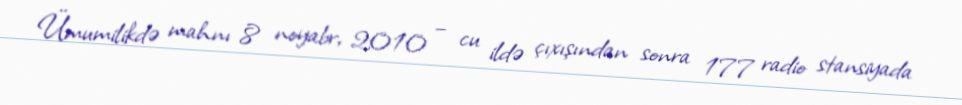
Ümumilikdə mahnı 8 noyabr, 2010 – cu ildə çıxışından sonra 177 radio stansiyada